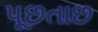
પૂછતાછ